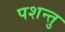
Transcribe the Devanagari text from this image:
पशन्तु